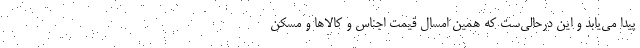
پیدا می‌یابد و این درحالی‌ست که همین امسال قیمت اجناس و کالاها و مسکن